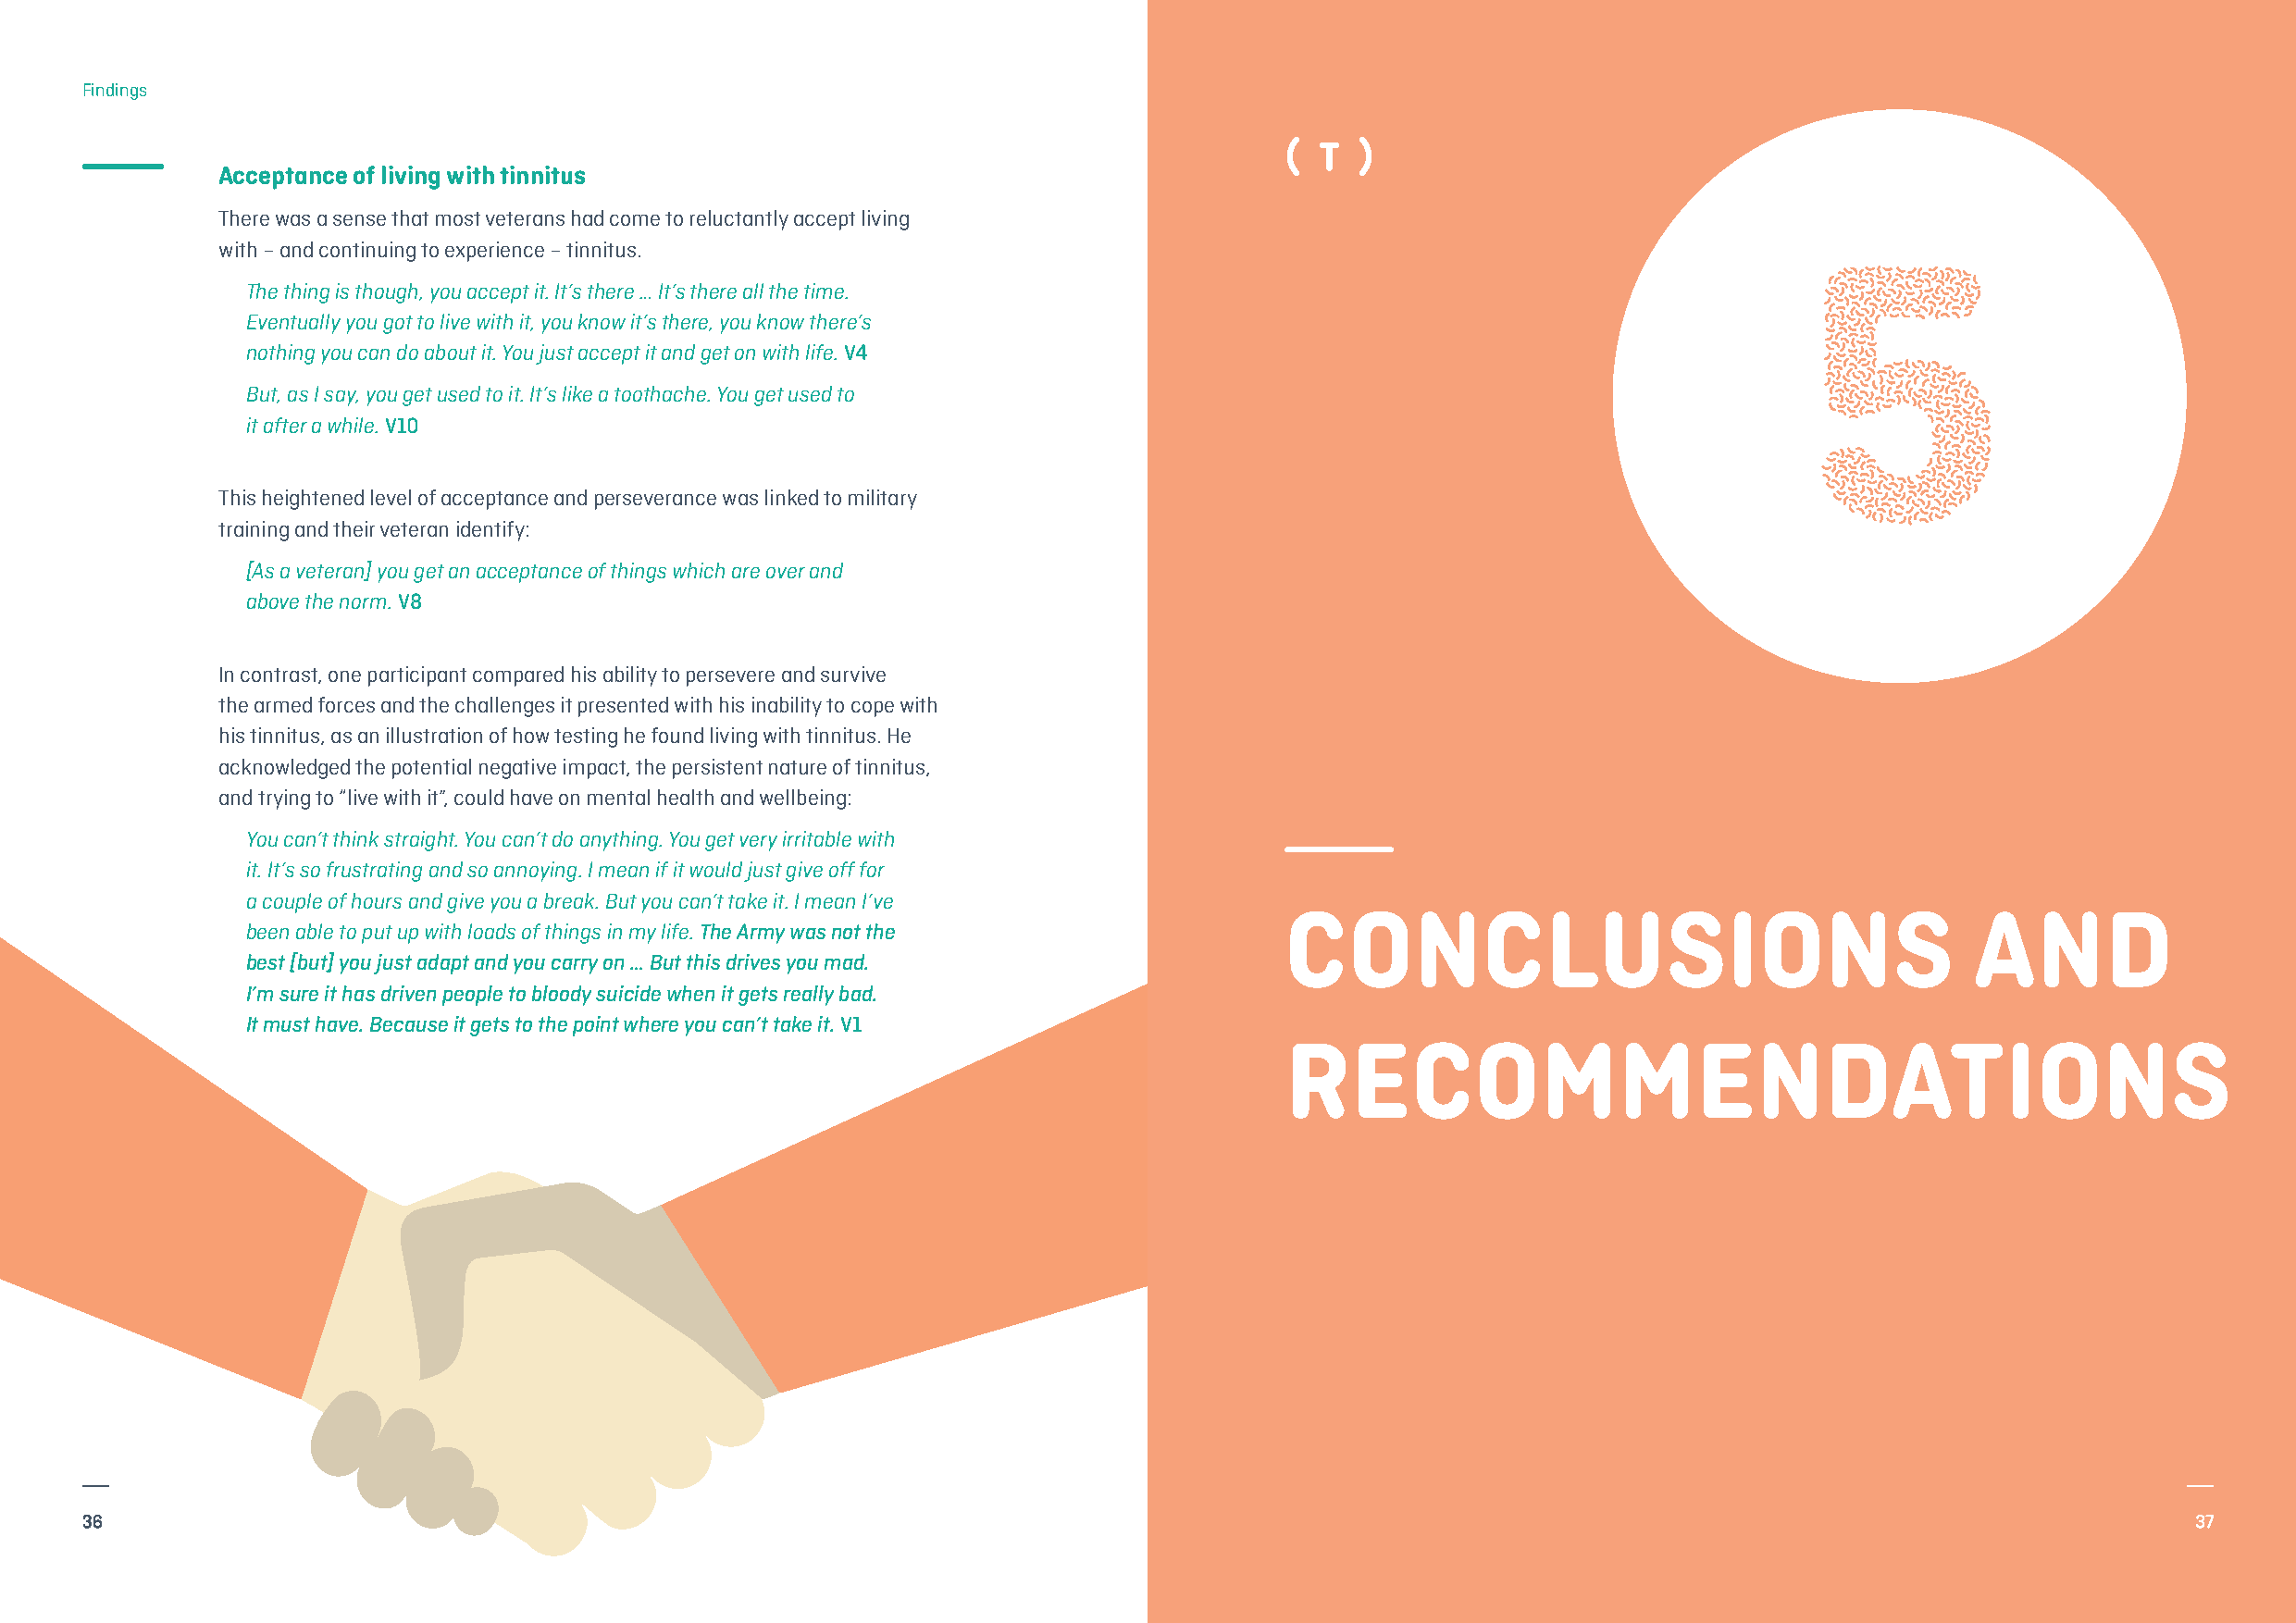
Findings
 Acceptance of living with tinnitus
 There was a sense that most veterans had come to reluctantly accept living                                       5
 with – and continuing to experience – tinnitus.
 The thing is though, you accept it. It’s there … It’s there all the time.
 Eventually you got to live with it, you know it’s there, you know there’s
 nothing you can do about it. You just accept it and get on with life. V4
 But, as I say, you get used to it. It’s like a toothache. You get used to
 it after a while. V10
 This heightened level of acceptance and perseverance was linked to military
 training and their veteran identify:
 [As a veteran] you get an acceptance of things which are over and
 above the norm. V8
 In contrast, one participant compared his ability to persevere and survive
 the armed forces and the challenges it presented with his inability to cope with
 his tinnitus, as an illustration of how testing he found living with tinnitus. He
 acknowledged the potential negative impact, the persistent nature of tinnitus,
 and trying to “live with it”, could have on mental health and wellbeing:
 You can’t think straight. You can’t do anything. You get very irritable with
 it. It’s so frustrating and so annoying. I mean if it would just give off for
 a couple of hours and give you a break. But you can’t take it. I mean I’ve CONCLUSIONS                                     AND
 been able to put up with loads of things in my life.The Army was not the
 best [but] you just adapt and you carry on … But this drives you mad.
 I’m sure it has driven people to bloody suicide when it gets really bad.
 It must have. Because it gets to the point where you can’t take it. V1
 RECOMMENDATIONS
 36                                                                                                                                                     37